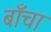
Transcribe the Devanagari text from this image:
बाँचा